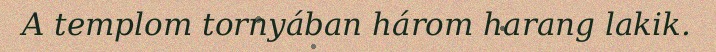
A templom tornyában három harang lakik.